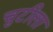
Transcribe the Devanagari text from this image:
चुटीला